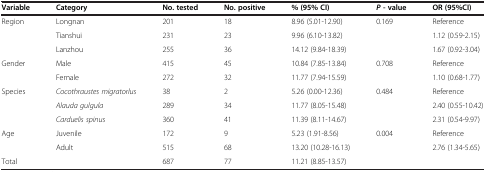
<table><thead><tr><td><b>Variable</b></td><td><b>Category</b></td><td><b>No. tested</b></td><td><b>No. positive</b></td><td><b>% (95% CI)</b></td><td><b><i>P </i>- value</b></td><td><b>OR (95%CI)</b></td></tr></thead><tbody><tr><td>Region</td><td>Longnan</td><td>201</td><td>18</td><td>8.96 (5.01-12.90)</td><td>0.169</td><td>Reference</td></tr><tr><td> </td><td>Tianshui</td><td>231</td><td>23</td><td>9.96 (6.10-13.82)</td><td> </td><td>1.12 (0.59-2.15)</td></tr><tr><td> </td><td>Lanzhou</td><td>255</td><td>36</td><td>14.12 (9.84-18.39)</td><td> </td><td>1.67 (0.92-3.04)</td></tr><tr><td>Gender</td><td>Male</td><td>415</td><td>45</td><td>10.84 (7.85-13.84)</td><td>0.708</td><td>Reference</td></tr><tr><td> </td><td>Female</td><td>272</td><td>32</td><td>11.77 (7.94-15.59)</td><td> </td><td>1.10 (0.68-1.77)</td></tr><tr><td>Species</td><td><i>Cocothraustes migratorlus</i></td><td>38</td><td>2</td><td>5.26 (0.00-12.36)</td><td>0.484</td><td>Reference</td></tr><tr><td> </td><td><i>Alauda gulgula</i></td><td>289</td><td>34</td><td>11.77 (8.05-15.48)</td><td> </td><td>2.40 (0.55-10.42)</td></tr><tr><td> </td><td><i>Carduelis spinus</i></td><td>360</td><td>41</td><td>11.39 (8.11-14.67)</td><td> </td><td>2.31 (0.54-9.97)</td></tr><tr><td>Age</td><td>Juvenile</td><td>172</td><td>9</td><td>5.23 (1.91-8.56)</td><td>0.004</td><td>Reference</td></tr><tr><td> </td><td>Adult</td><td>515</td><td>68</td><td>13.20 (10.28-16.13)</td><td> </td><td>2.76 (1.34-5.65)</td></tr><tr><td>Total</td><td> </td><td>687</td><td>77</td><td>11.21 (8.85-13.57)</td><td> </td><td> </td></tr></tbody></table>